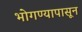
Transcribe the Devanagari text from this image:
भोगण्यापासून